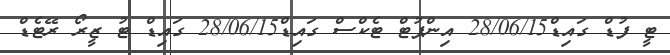
ޓީ ފުޑް ގައިޑް28/06/15 އިންޕުޓް ޓެކްސް ގައިޑް28/06/15 ގައިޑް ޓު ޒީރޯ ރޭޓެޑް